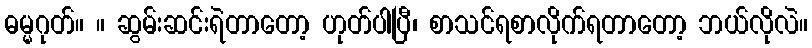
ဓမ္မဂုတ်။ ။ ဆွမ်းဆင်းရဲတာတော့ ဟုတ်ပါပြီ၊ စာသင်ရစာလိုက်ရတာတော့ ဘယ်လိုလဲ။